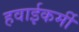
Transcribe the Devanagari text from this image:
हवाईकर्मी